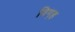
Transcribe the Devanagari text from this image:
विग॒ह